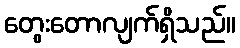
တွေးတောလျက်ရှိသည်။